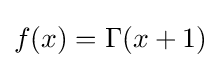
f(x)=\Gamma (x+1)